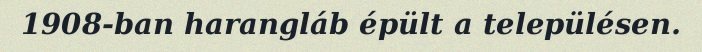
1908-ban harangláb épült a településen.